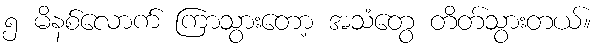
၅ မိနစ်လောက် ကြာသွားတော့ အသံတွေ တိတ်သွားတယ်။